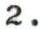
2.